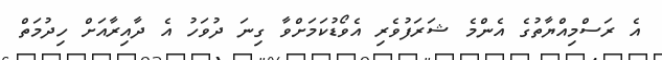
އެ ރަސްމިއްޔާތުގެ އެންމެ ޝަރަފުވެރި އެވޯޑުކަމަށްވާ ގިނަ ދުވަހު އެ ދާއިރާއަށް ހިދުމަތް